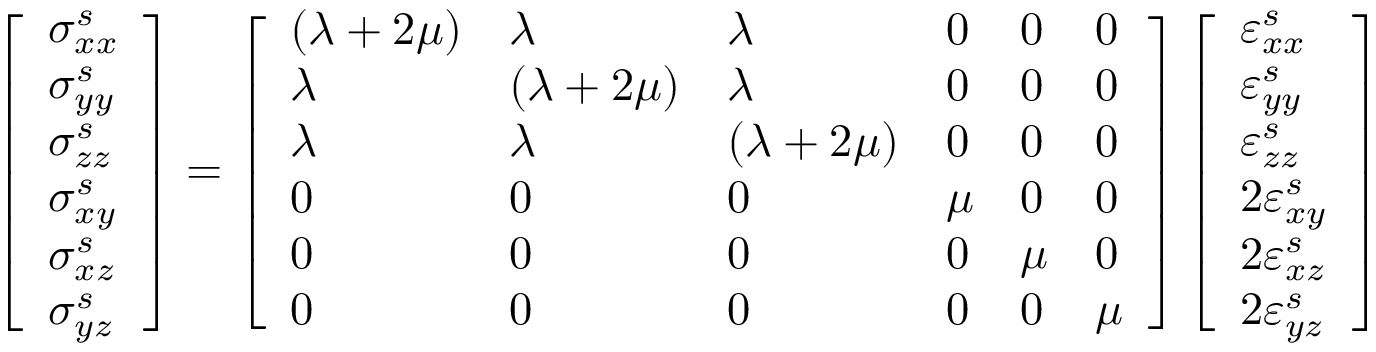
\begin{array} { r } { \left[ \begin{array} { l } { \sigma _ { x x } ^ { s } } \\ { \sigma _ { y y } ^ { s } } \\ { \sigma _ { z z } ^ { s } } \\ { \sigma _ { x y } ^ { s } } \\ { \sigma _ { x z } ^ { s } } \\ { \sigma _ { y z } ^ { s } } \end{array} \right] = \left[ \begin{array} { l l l l l l } { ( \lambda + 2 \mu ) } & { \lambda } & { \lambda } & { 0 } & { 0 } & { 0 } \\ { \lambda } & { ( \lambda + 2 \mu ) } & { \lambda } & { 0 } & { 0 } & { 0 } \\ { \lambda } & { \lambda } & { ( \lambda + 2 \mu ) } & { 0 } & { 0 } & { 0 } \\ { 0 } & { 0 } & { 0 } & { \mu } & { 0 } & { 0 } \\ { 0 } & { 0 } & { 0 } & { 0 } & { \mu } & { 0 } \\ { 0 } & { 0 } & { 0 } & { 0 } & { 0 } & { \mu } \end{array} \right] \left[ \begin{array} { l } { \varepsilon _ { x x } ^ { s } } \\ { \varepsilon _ { y y } ^ { s } } \\ { \varepsilon _ { z z } ^ { s } } \\ { 2 \varepsilon _ { x y } ^ { s } } \\ { 2 \varepsilon _ { x z } ^ { s } } \\ { 2 \varepsilon _ { y z } ^ { s } } \end{array} \right] } \end{array}